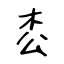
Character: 枩